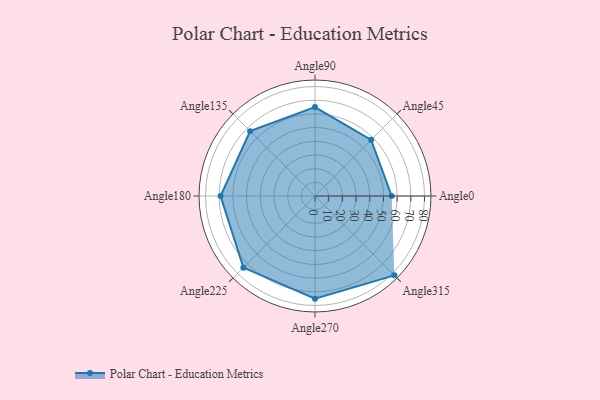
{"axis": {"x": "Angle", "y": "Radius"}, "legend": [""], "data": [{"x": "Angle0", "y": 56.0, "type": ""}, {"x": "Angle45", "y": 58.0, "type": ""}, {"x": "Angle90", "y": 65.0, "type": ""}, {"x": "Angle135", "y": 67.0, "type": ""}, {"x": "Angle180", "y": 69.0, "type": ""}, {"x": "Angle225", "y": 74.0, "type": ""}, {"x": "Angle270", "y": 75.0, "type": ""}, {"x": "Angle315", "y": 82.0, "type": ""}]}